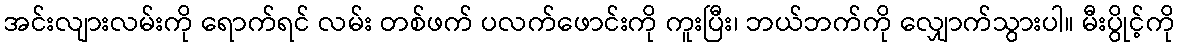
အင်းလျားလမ်းကို ရောက်ရင် လမ်း တစ်ဖက် ပလက်ဖောင်းကို ကူးပြီး၊ ဘယ်ဘက်ကို လျှောက်သွားပါ။ မီးပွိုင့်ကို